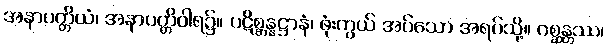
အနာပတ္တိယံ၊ အနာပတ္တိဝါရ၌။ ပဋိစ္ဆန္နဋ္ဌာနံ၊ ဖုံးကွယ် အပ်သော အရပ်သို့။ ဂစ္ဆန္တဿ၊